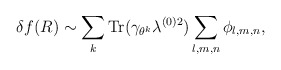
\begin{align*}\delta f(R) \sim \sum_{k} \mbox{Tr}(\gamma_{\theta^k} \lambda^{(0)2}) \sum_{l,m,n}\phi_{l,m,n},\end{align*}